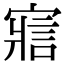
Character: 寣